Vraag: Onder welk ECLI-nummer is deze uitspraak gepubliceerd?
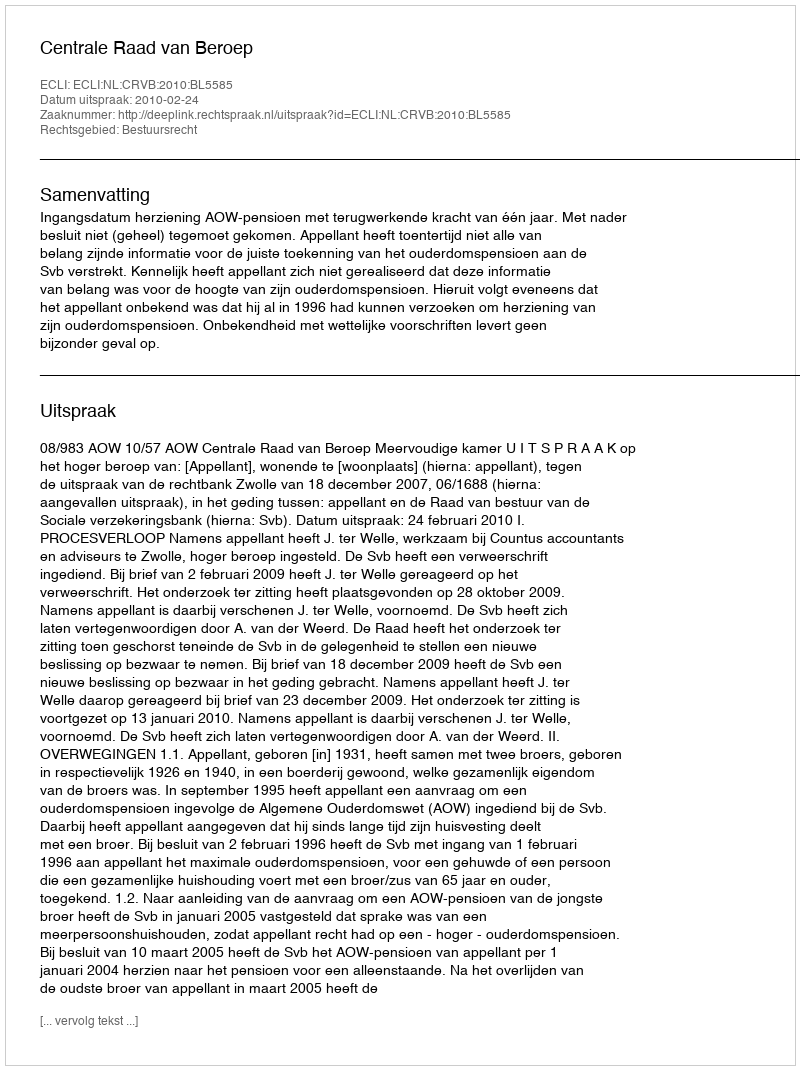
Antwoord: ECLI:NL:CRVB:2010:BL5585